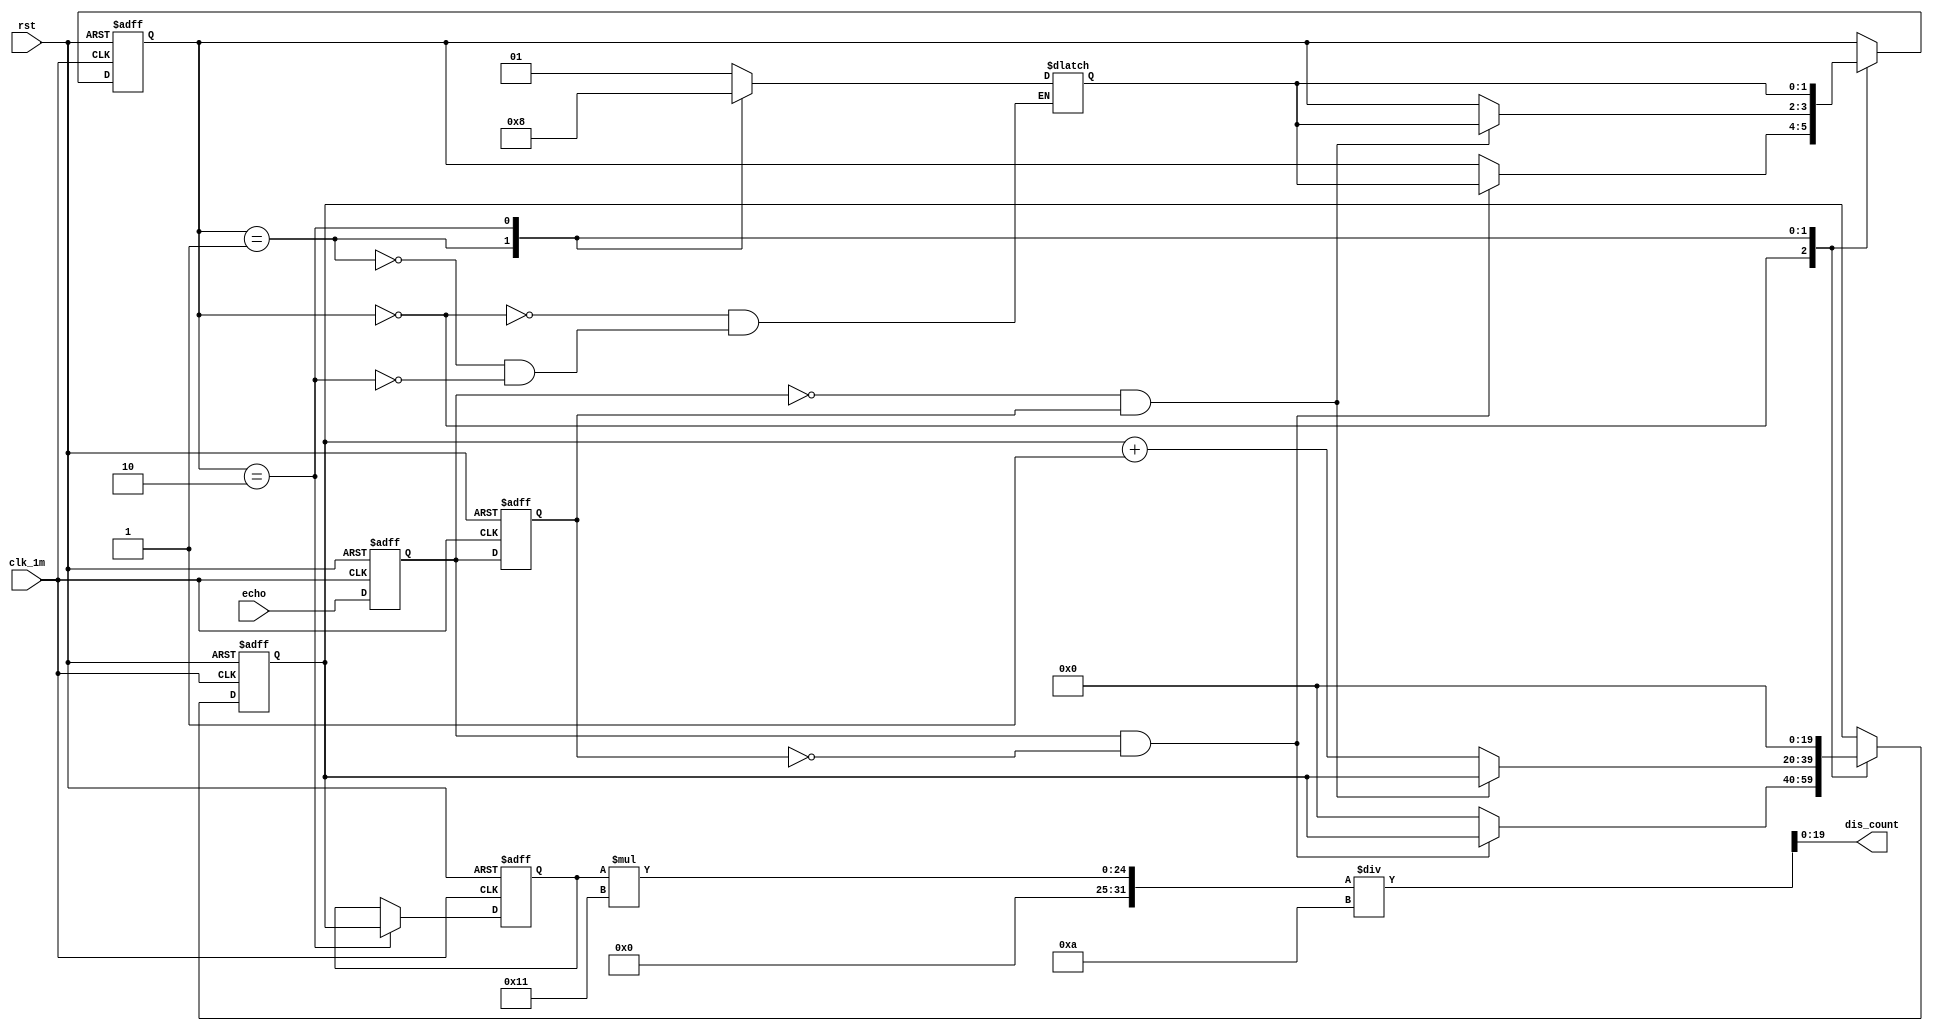
`timescale 1ns / 1ps
//////////////////////////////////////////////////////////////////////////////////
// Company: 
// Engineer: 
// 
// Design Name: 
// Module Name: PosCounter
// Project Name: 
// Target Devices: 
// Tool Versions: 
// Description: 
// 
// Dependencies: 
// 
// Revision:
// Revision 0.01 - File Created
// Additional Comments:
// 
//////////////////////////////////////////////////////////////////////////////////

module PosCounter(clk_1m, rst, echo, dis_count); // 
input clk_1m, rst, echo;
output[19:0] dis_count;

parameter S0 = 2'b00, S1 = 2'b01, S2 = 2'b10; //  S0:, S1:, S2:
reg[1:0] curr_state, next_state;
reg echo_reg1, echo_reg2;
wire start,finish;
assign start = echo_reg1&~echo_reg2;  //posedge
assign finish = ~echo_reg1&echo_reg2; //negedge
reg[19:0] count, dis_reg;
wire[19:0] dis_count; //

always@(posedge clk_1m, negedge rst)
begin
    if(~rst)
    begin
        echo_reg1 <= 0;
        echo_reg2 <= 0;
        count <= 0;
        dis_reg <= 0;
        curr_state <= S0;
    end
    else
    begin
        echo_reg1 <= echo;          // 
        echo_reg2 <= echo_reg1;     // 
        case(curr_state)
        S0:begin
                if (start) // 
                    curr_state <= next_state; //S1
                else
                    count <= 0;
            end
        S1:begin
                if (finish) // 
                    curr_state <= next_state; //S2
                else
                    begin
                        count <= count + 1;
                    end
            end
        S2:begin
                dis_reg <= count; // 
                count <= 0;
                curr_state <= next_state; //S0
            end
        endcase
    end
end

always@(curr_state)
begin
    case(curr_state)
    S0:next_state <= S1;
    S1:next_state <= S2;
    S2:next_state <= S0;
    endcase
end

assign dis_count = dis_reg   *17/10; // 100

endmodule